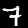
Digit: 7